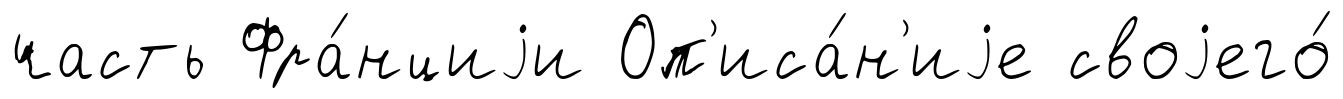
часть Фра́нциjи Оп'иса́н'иjе своjего́